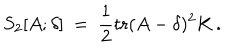
S _ { 2 } [ A ; \delta ] ~ = ~ \frac { 1 } { 2 } \mathrm { t r } ( A - \delta ) ^ { 2 } K \, .